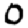
Digit: 0